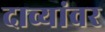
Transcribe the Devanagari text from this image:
दाव्यांवर